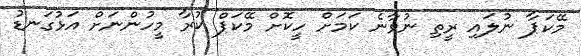
މޭކަޕާ ނުލައި ރީތި ނުވާނެ ކަމަށް ހީކޮށް މޭކަޕް ކުރާ މީހުންނަށް އަޅުގަނޑު